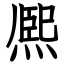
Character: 熈